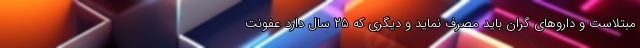
مبتلاست و داروهای گران باید مصرف نماید و دیگری که ۲۵ سال دارد عفونت